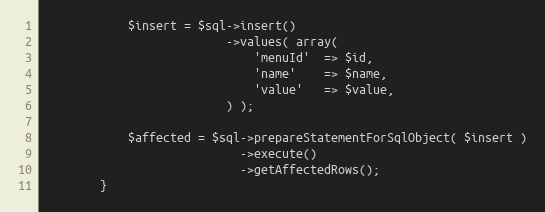
Language: PHP
            $insert = $sql->insert()
                          ->values( array(
                              'menuId'  => $id,
                              'name'    => $name,
                              'value'   => $value,
                          ) );

            $affected = $sql->prepareStatementForSqlObject( $insert )
                            ->execute()
                            ->getAffectedRows();
        }